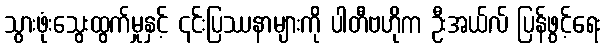
သွားဖုံးသွေးထွက်မှုနှင့် ၎င်းပြဿနာများကို ပါတီဗဟိုက ဦးအယ်လ် ပြန်ဖွင့်ရေး